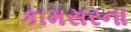
કામસરના